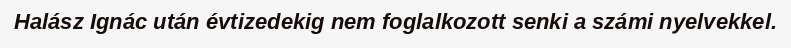
Halász Ignác után évtizedekig nem foglalkozott senki a számi nyelvekkel.